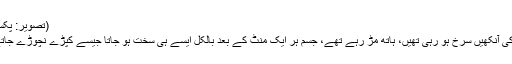
(تصویر: پکسا بے)
لڑکی کی آنکھیں سرخ ہو رہی تھیں، ہاتھ مڑ رہے تھے، جسم ہر ایک منٹ کے بعد بالکل ایسے ہی سخت ہو جاتا جیسے کپڑے نچوڑے جاتے ہیں۔